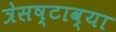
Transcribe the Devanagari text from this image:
त्रेसष्टाव्या